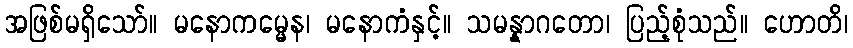
အဖြစ်မရှိသော်။ မနောကမ္မေန၊ မနောကံနှင့်။ သမန္နာဂတော၊ ပြည့်စုံသည်။ ဟောတိ၊